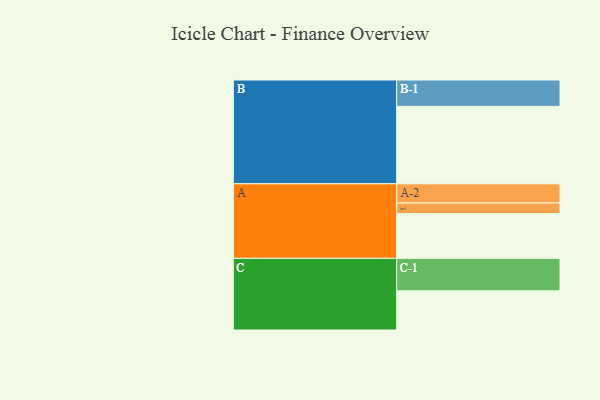
{"axis": {"x": "Segment", "y": "Value"}, "legend": ["", "A", "B", "C"], "data": [{"x": "A", "y": 343, "type": ""}, {"x": "B", "y": 593, "type": ""}, {"x": "C", "y": 300, "type": ""}, {"x": "A-1", "y": 81, "type": "A"}, {"x": "A-2", "y": 147, "type": "A"}, {"x": "B-1", "y": 202, "type": "B"}, {"x": "C-1", "y": 249, "type": "C"}]}